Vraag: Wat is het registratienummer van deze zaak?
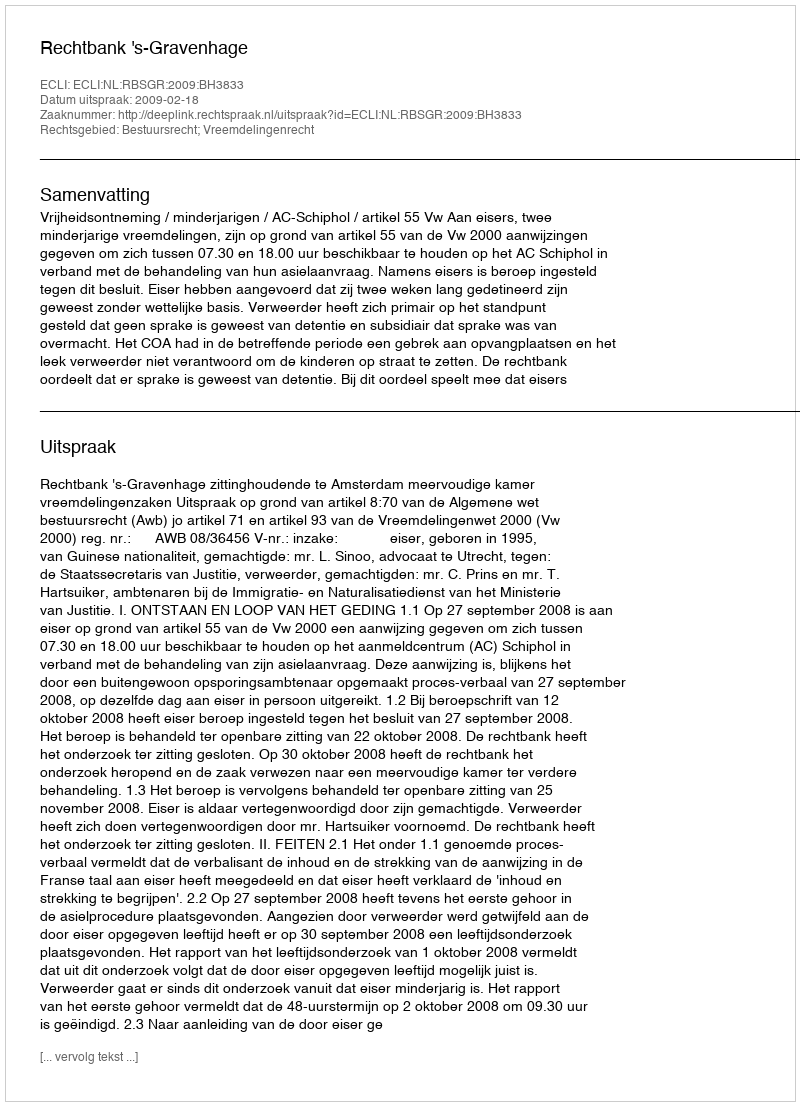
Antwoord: http://deeplink.rechtspraak.nl/uitspraak?id=ECLI:NL:RBSGR:2009:BH3833